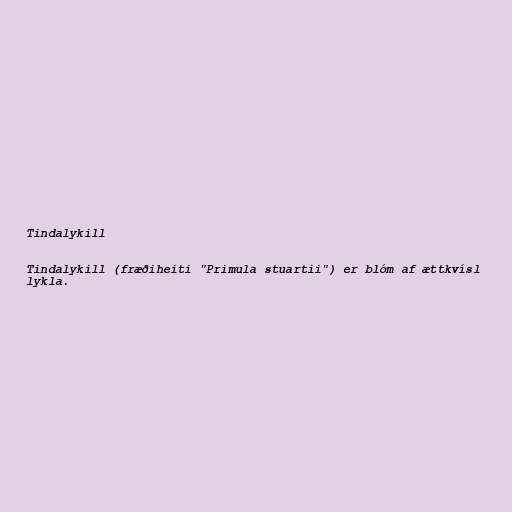
Tindalykill

Tindalykill (fræðiheiti "Primula stuartii") er blóm af ættkvísl
lykla.